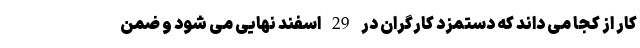
کار از کجا می داند که دستمزد کارگران در 29 اسفند نهایی می شود و ضمن